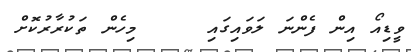
ވީޑިއޯ އިން ފެންނަ ލަވައިގައި     މިހެން ތަކުރާރުކޮށް